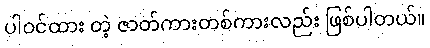
ပါဝင်ထား တဲ့ ဇာတ်ကားတစ်ကားလည်း ဖြစ်ပါတယ်။